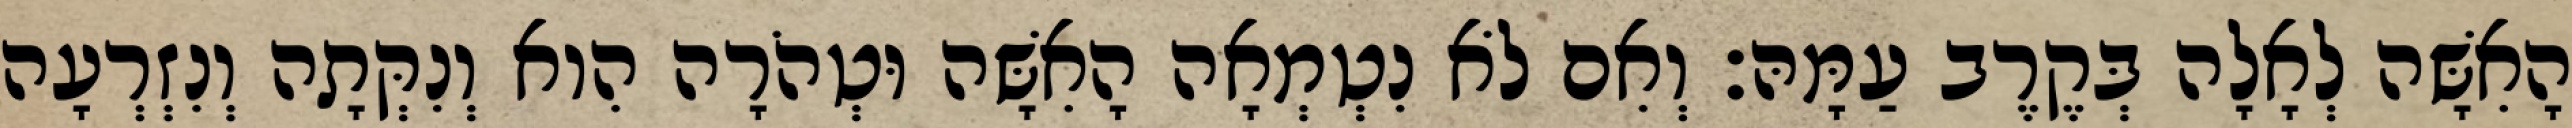
הָאִשָּׁה לְאָלָה בְּקֶרֶב עַמָּהּ׃ וְאִם לֹא נִטְמְאָה הָאִשָּׁה וּטְהֹרָה הִוא וְנִקְּתָה וְנִזְרְעָה